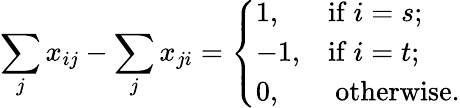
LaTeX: \sum_{j}x_{ij}-\sum_{j}x_{ji}={\left\{ \begin{array}{ll}{1,}&{{\mathrm{if~}}i=s;}\\ {-1,}&{{\mathrm{if~}}i=t;}\\ {0,}&{{\mathrm{~otherwise.}}}\end{array}\right.}